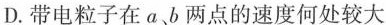
D.带电粒子在a、b两点的速度何处较大